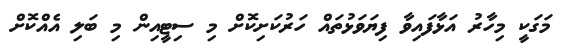
މަގަކީ މިހާރު އަޅާފައިވާ ފިޔަވަޅުތައް ހަރުކަށިކޮށް މި ސިޓީއިން މި ބަލި އެއްކޮށް